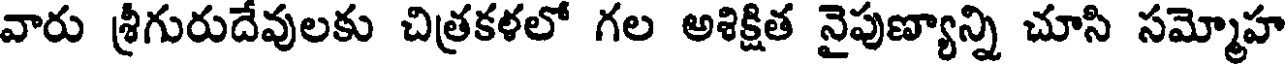
వారు శ్రీగురుదేవులకు చిత్రకళలో గల అశిక్షిత నైపుణ్యాన్ని చూసి సమ్మోహ